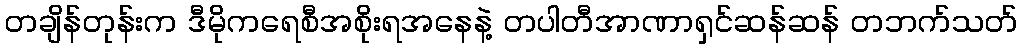
တချိန်တုန်းက ဒီမိုကရေစီအစိုးရအနေနဲ့ တပါတီအာဏာရှင်ဆန်ဆန် တဘက်သတ်